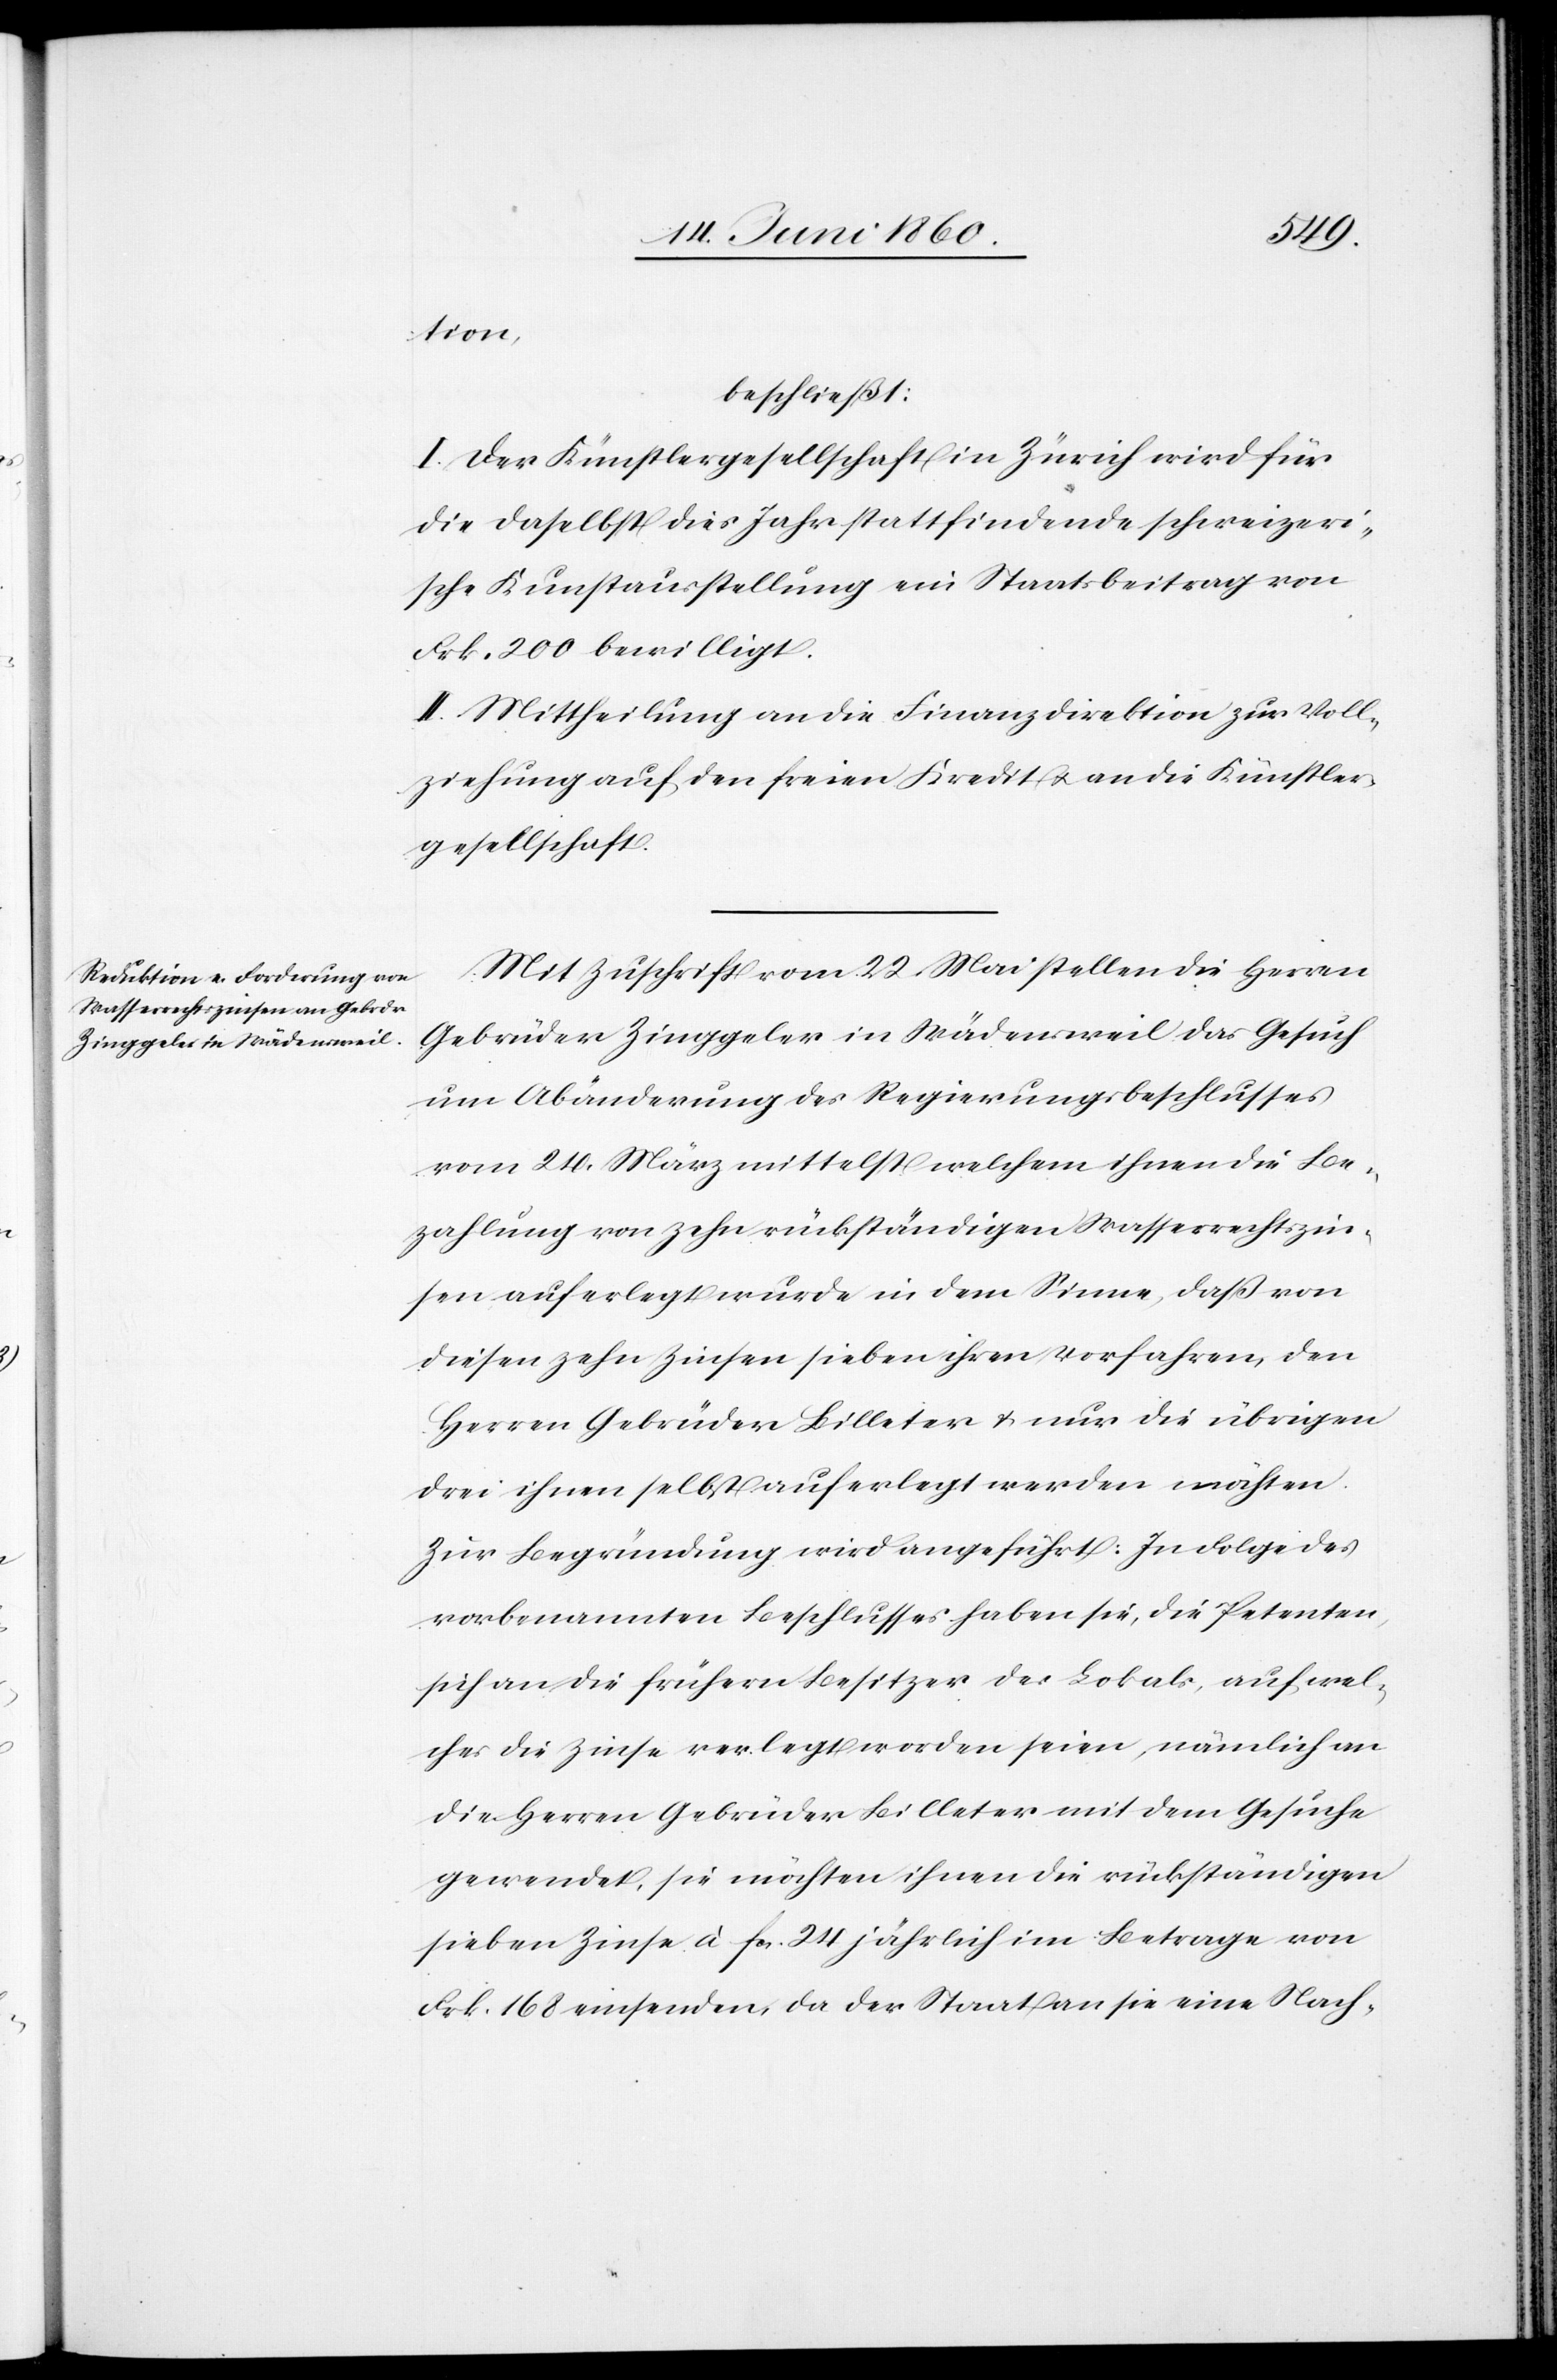
tion
beschließt:
I. Der Künstlergesellschaft in Zürich wird für
die daselbst dies Jahr stattfindende schweizeri¬
sche Kunstausstellung ein Staatsbeitrag von
Frk. 200 bewilligt.
II. Mittheilung an die Finanzdirektion zur Voll¬
ziehung auf den freien Kredit u. an die Künstler¬
gesellschaft.
Mit Zuschrift vom 22. Mai stellen die Herren
Gebrüder Zinggeler in Wädensweil das Gesuch
um Abänderung des Regierungsbeschlusses
vom 24. März mittelst welchem ihnen die Be¬
zahlung von zehn rückständigen Wasserrechtszin¬
sen auferlegt wurde in dem Sinne, daß von
diesen zehn Zinsen sieben ihren Vorfahren, den
Herrn Gebrüder Billeter u. nur die übrigen
drei ihnen selbst auferlegt werden möchten.
Zur Begründung wird angeführt: In Folge des
vorbenannten Beschlusses haben sie, die Petenten,
sich an die frühern Besitzer des Lokals, auf wel¬
ches die Zinse verlegt worden seien, nämlich an
die Herren Gebrüder Billeter mit dem Gesuche
gewendet, sie möchten ihnen die rückständigen
sieben Zinse à fcs. 24 jährlich im Betrage von
Frk. 168 einsenden, da der Staat an sie eine Nach-